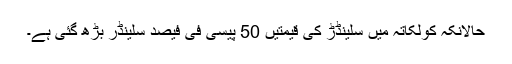
حالانکہ کولکاتہ میں سلینڈڑ کی قیمتیں 50 پیسی فی فیصد سلینڈر بڑھ گئی ہے۔